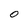
Character: O